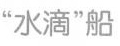
”水滴”船